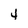
Character: 4